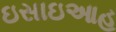
ઇસાઇઆહ